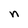
Character: n